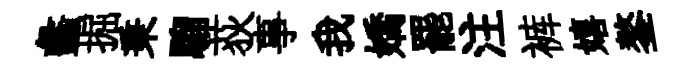
蠡掘秉騮荻事我嬌罷注裤嬉鏊